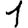
Digit: 1